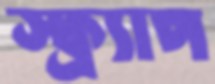
স্ক্র্যাপ